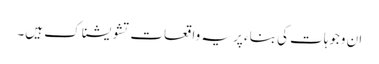
ان وجوہات کی بناء پر یہ واقعات تشویشناک ہیں۔